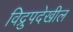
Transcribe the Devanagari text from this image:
विद्रुपदेखील